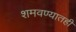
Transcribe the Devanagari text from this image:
शमवण्यातही